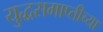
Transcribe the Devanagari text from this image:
युद्धसमाप्तीच्या